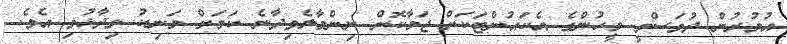
އުމުރުން ދުވަސްވީ މީހުންގެ އެކައުންޓަކަށް ޖަމާކޮށް ނިންމާލެވިދާނެ ކަމަށް މަނިކު ވިދާޅުވި އެވެ.